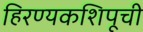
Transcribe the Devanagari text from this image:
हिरण्यकशिपूची